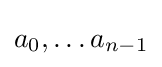
a_{0},\dots a_{n-1}